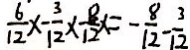
\frac { 6 } { 1 2 } x - \frac { 3 } { 1 2 } \times \frac { 8 } { 1 2 } x = - \frac { 8 } { 1 2 } - \frac { 3 } { 1 2 }